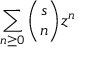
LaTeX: \sum _ { n \geq 0 } { \binom { s } { n } } z ^ { n }